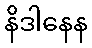
နိဒါနေန